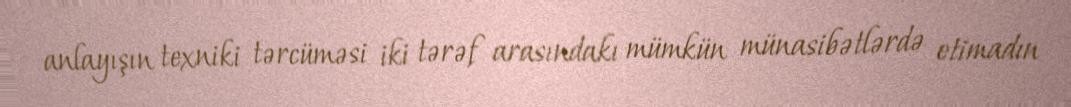
anlayışın texniki tərcüməsi iki tərəf arasındakı mümkün münasibətlərdə etimadın